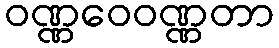
ဝဏ္ဏဝေဝဏ္ဏတာ